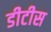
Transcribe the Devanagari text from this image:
डीटीस